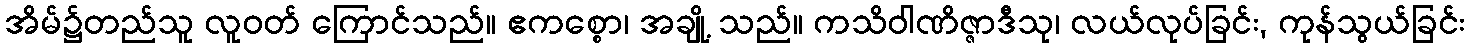
အိမ်၌တည်သူ လူဝတ် ကြောင်သည်။ ဧကစ္စော၊ အချို့ သည်။ ကသိဝါဏိဇ္ဇာဒီသု၊ လယ်လုပ်ခြင်း, ကုန်သွယ်ခြင်း